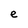
Character: e